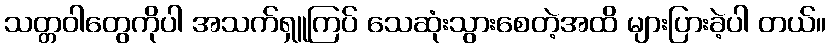
သတ္တဝါတွေကိုပါ အသက်ရှူကြပ် သေဆုံးသွားစေတဲ့အထိ များပြားခဲ့ပါ တယ်။